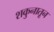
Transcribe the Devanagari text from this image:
शकुनातून